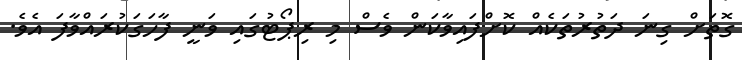
ގޮތަށް ގިނަ ދަތުރުތަކެއް ކޮށްފައިވާކަން ވެސް މި ރިޕޯޓުގައި ވަނީ ފާހަގަކުރައްވާފަ އެވެ.